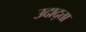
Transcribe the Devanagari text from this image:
उदाद्त्ता